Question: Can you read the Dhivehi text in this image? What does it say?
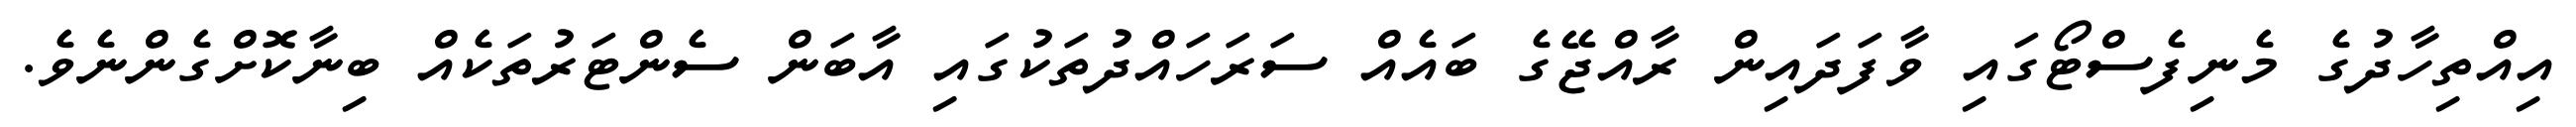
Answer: އިއްތިހާދުގެ މެނިފެސްޓޯގައި ވާފަދައިން ރާއްޖޭގެ ބައެއް ސަރަހައްދުތަކުގައި އާބަން ސެންޓަރުތަކެއް ބިނާކޮށްގެންނެވެ.